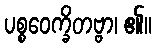
ပစ္စဝေက္ခိတဗ္ဗာ၊ ၏။